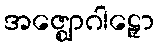
အဇ္ဈောဂါဠှော